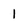
Character: l